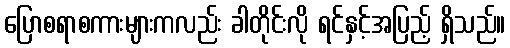
ပြောစရာစကားများကလည်း ခါတိုင်းလို ရင်နှင့်အပြည့် ရှိသည်။